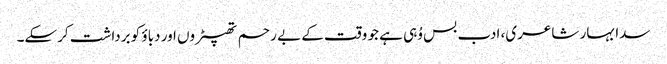
سدا بہار شاعری، ادب بس وُہی ہے جو وقت کے بے رحم تھپیڑوں اور دباؤ کو برداشت کرسکے۔